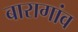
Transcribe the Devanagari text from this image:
बारागांव